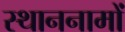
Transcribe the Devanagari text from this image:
स्थाननामों